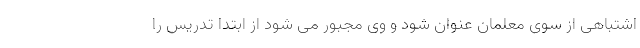
اشتباهی از سوی معلمان عنوان شود و وی مجبور می شود از ابتدا تدریس را